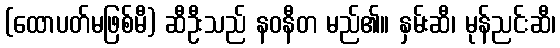
(ထောပတ်မဖြစ်မီ) ဆီဦးသည် နဝနီတ မည်၏။ နှမ်းဆီ၊ မုန်ညင်းဆီ၊